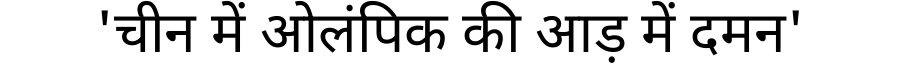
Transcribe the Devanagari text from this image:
'चीन में ओलंपिक की आड़ में दमन'